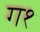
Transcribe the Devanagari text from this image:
ग१